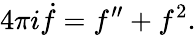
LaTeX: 4\pi i\dot{f}=f^{\prime\prime}+f^{2}.